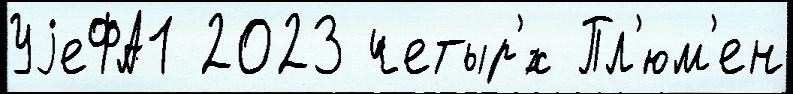
УjеФА1 2023 четыр'́х Пл'юм'ен